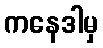
ကနေဒါမှ